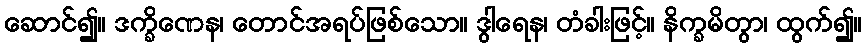
ဆောင်၍။ ဒက္ခိဏေန၊ တောင်အရပ်ဖြစ်သော။ ဒွါရေန၊ တံခါးဖြင့်။ နိက္ခမိတွာ၊ ထွက်၍။